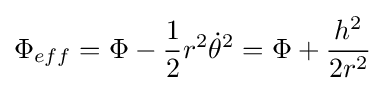
\Phi _{eff}=\Phi -{\frac {1}{2}}r^{2}{\dot {\theta }}^{2}=\Phi +{\frac {h^{2}}{2r^{2}}}